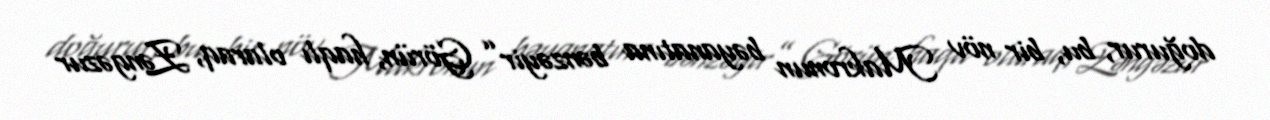
doğurur, bu, bir növ Makronun bəyanatına bənzəyir” Görün, haqlı olaraq, Zəngəzur